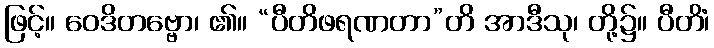
ဖြင့်။ ဝေဒိတဗ္ဗော၊ ၏။ “ပီတိဖရဏတာ”တိ အာဒီသု၊ တို့၌။ ပီတိံ၊